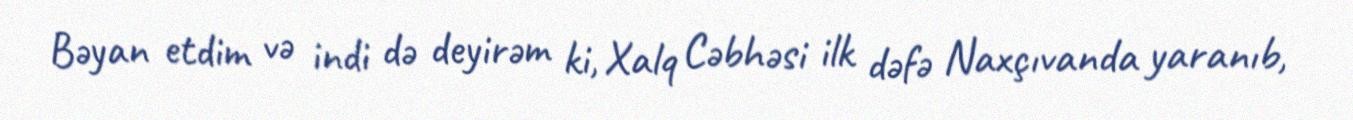
Bəyan etdim və indi də deyirəm ki, Xalq Cəbhəsi ilk dəfə Naxçıvanda yaranıb,